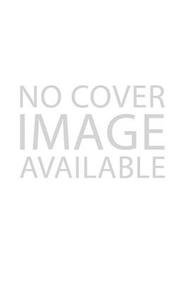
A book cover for Tourism and Crisis Management; Guilherme Santana; Travel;